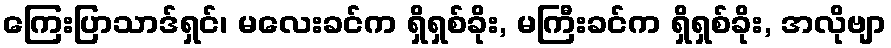
ကြေးပြာသာဒ်ရှင်၊ မလေးခင်က ရှိရှစ်ခိုး, မကြီးခင်က ရှိရှစ်ခိုး, အလိုဗျာ